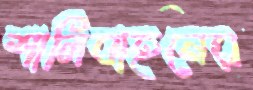
শালিবাহনের